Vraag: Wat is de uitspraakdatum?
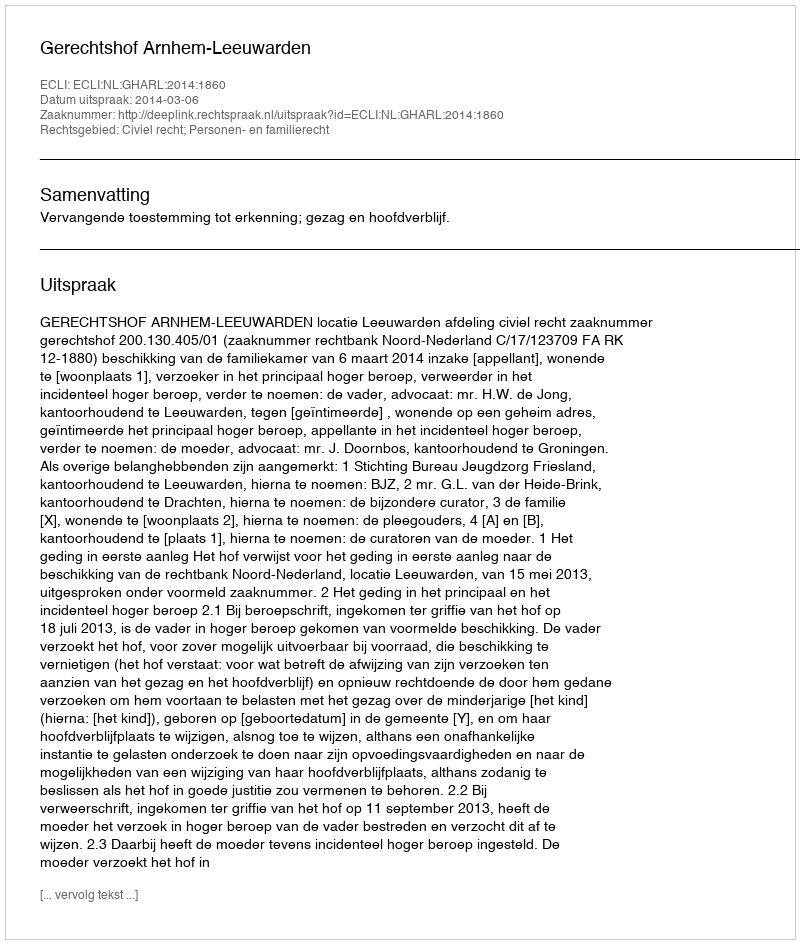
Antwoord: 2014-03-06